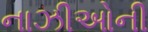
નાઝીઓની